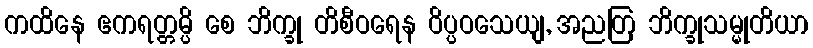
ကထိနေ ဧကရတ္တမ္ပိ စေ ဘိက္ခု တိစီဝရေန ဝိပ္ပဝသေယျ, အညတြ ဘိက္ခုသမ္မုတိယာ